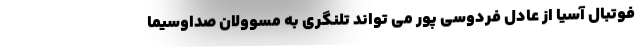
فوتبال آسیا از عادل فردوسی پور می تواند تلنگری به مسوولان صداوسیما